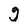
Character: g